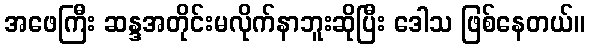
အဖေကြီး ဆန္ဒအတိုင်းမလိုက်နာဘူးဆိုပြီး ဒေါသ ဖြစ်နေတယ်။